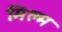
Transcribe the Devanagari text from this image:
मिल्म